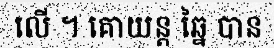
លើ ។ គោយន្ត ឆ្នៃ បាន